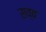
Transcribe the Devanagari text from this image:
सव्व